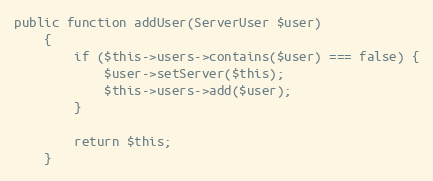
Language: PHP
public function addUser(ServerUser $user)
    {
        if ($this->users->contains($user) === false) {
            $user->setServer($this);
            $this->users->add($user);
        }

        return $this;
    }